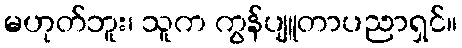
မဟုတ်ဘူး၊ သူက ကွန်ပျူတာပညာရှင်။